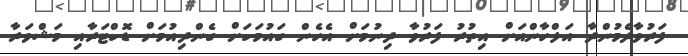
ފަރުވާދެމުންދާ އަލްހާންއަށް އިތުރު ފަރުވާ ދިނުމަށް އެހެން ގައުމަކަށް ގެންދިއުމަށް ޑޮކްޓަރާއި މަޝްވަރާ